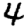
Digit: 4